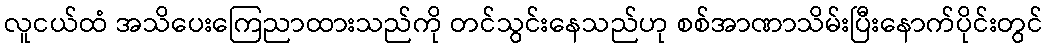
လူငယ်ထံ အသိပေးကြေညာထားသည်ကို တင်သွင်းနေသည်ဟု စစ်အာဏာသိမ်းပြီးနောက်ပိုင်းတွင်